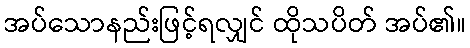
အပ်သောနည်းဖြင့်ရလျှင် ထိုသပိတ် အပ်၏။